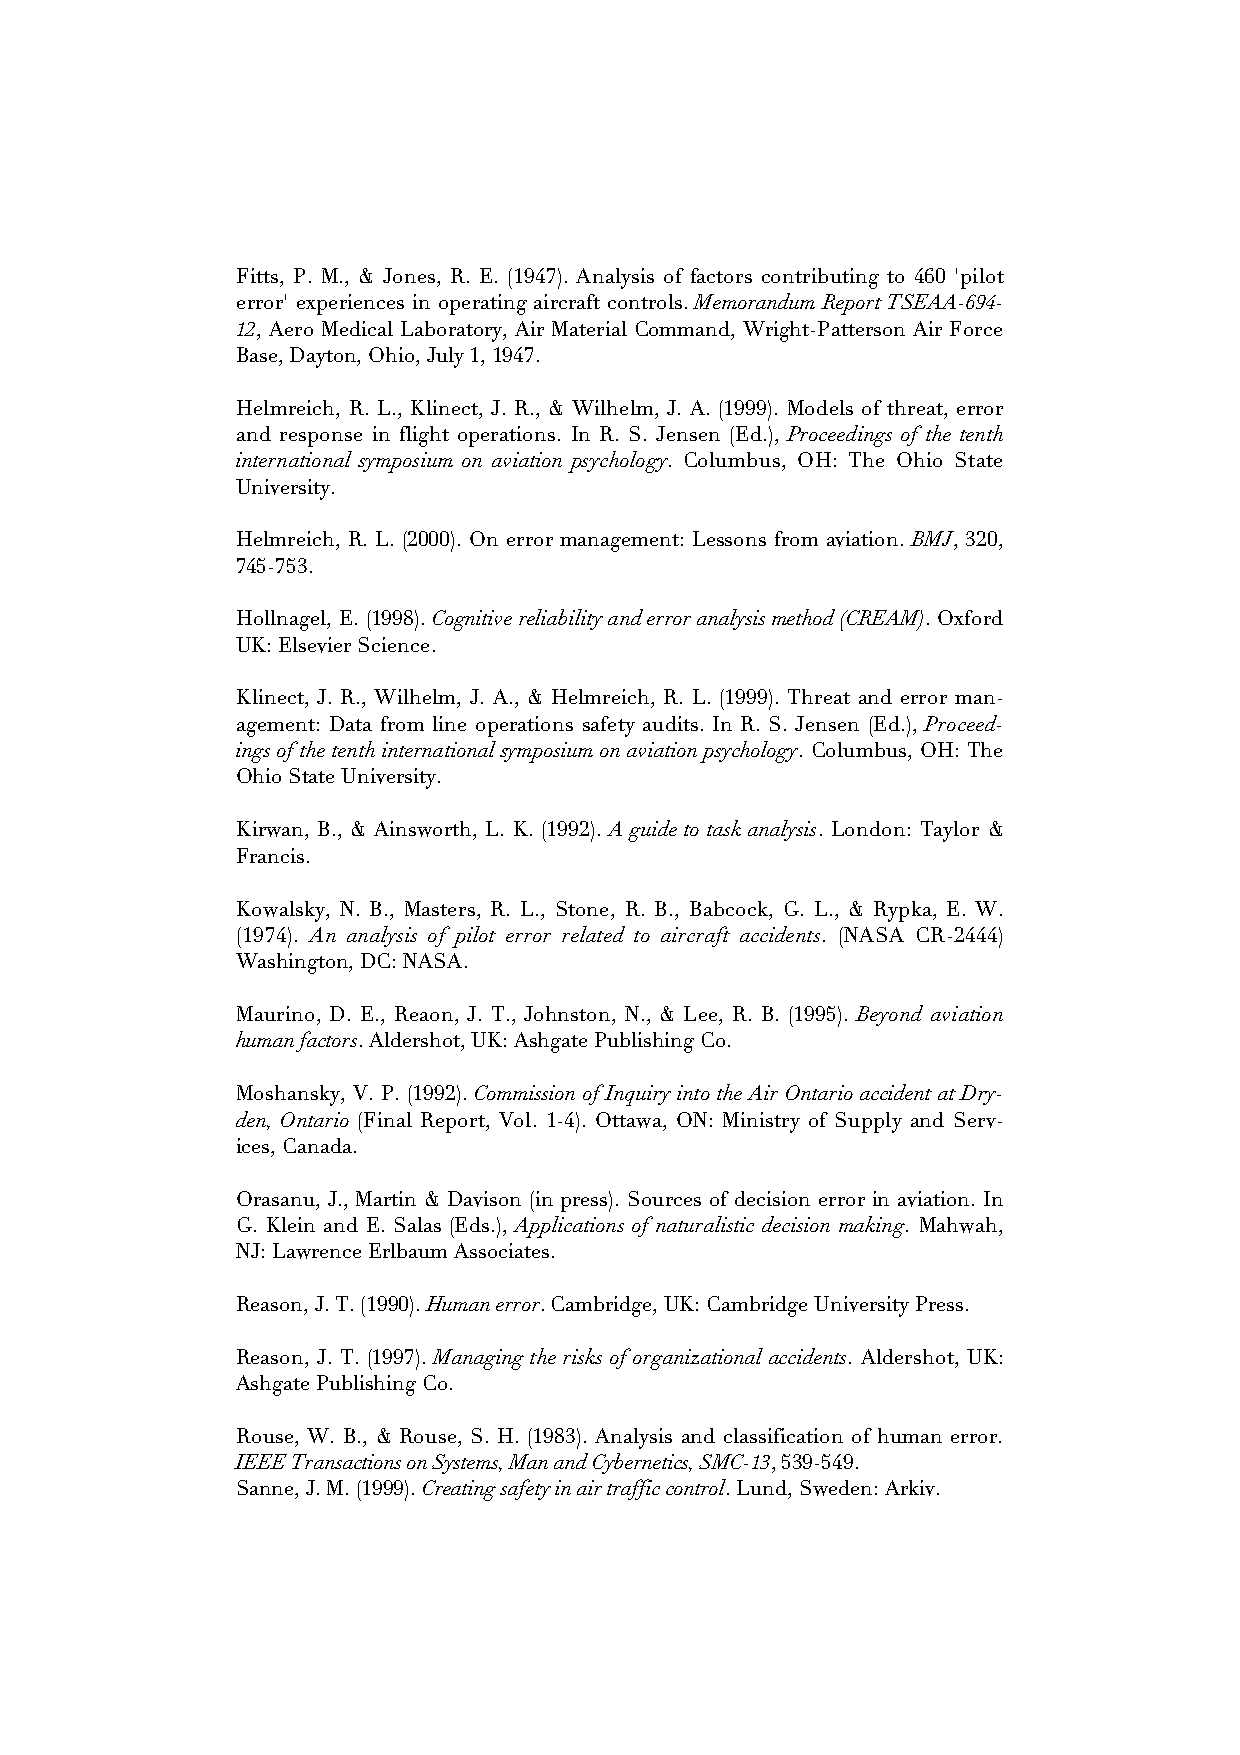
Fitts, P. M., & Jones, R. E. (1947). Analysis of factors contributing to 460 'pilot
 error' experiences in operating aircraft controls. Memorandum Report TSEAA-694-
 12, Aero Medical Laboratory, Air Material Command, Wright-Patterson Air Force
 Base, Dayton, Ohio, July 1, 1947.
 Helmreich, R. L., Klinect, J. R., & Wilhelm, J. A. (1999). Models of threat, error
 and response in flight operations. In R. S. Jensen (Ed.), Proceedings of the tenth
 international symposium on aviation psychology. Columbus, OH: The Ohio State
 University.
 Helmreich, R. L. (2000). On error management: Lessons from aviation. BMJ, 320,
 745-753.
 Hollnagel, E. (1998). Cognitive reliability and error analysis method (CREAM). Oxford
 UK: Elsevier Science.
 Klinect, J. R., Wilhelm, J. A., & Helmreich, R. L. (1999). Threat and error man-
 agement: Data from line operations safety audits. In R. S. Jensen (Ed.), Proceed-
 ings of the tenth international symposium on aviation psychology. Columbus, OH: The
 Ohio State University.
 Kirwan, B., & Ainsworth, L. K. (1992). A guide to task analysis. London: Taylor &
 Francis.
 Kowalsky, N. B., Masters, R. L., Stone, R. B., Babcock, G. L., & Rypka, E. W.
 (1974). An analysis of pilot error related to aircraft accidents. (NASA CR-2444)
 Washington, DC: NASA.
 Maurino, D. E., Reaon, J. T., Johnston, N., & Lee, R. B. (1995). Beyond aviation
 human factors. Aldershot, UK: Ashgate Publishing Co.
 Moshansky, V. P. (1992). Commission of Inquiry into the Air Ontario accident at Dry-
 den, Ontario (Final Report, Vol. 1-4). Ottawa, ON: Ministry of Supply and Serv-
 ices, Canada.
 Orasanu, J., Martin & Davison (in press). Sources of decision error in aviation. In
 G. Klein and E. Salas (Eds.), Applications of naturalistic decision making. Mahwah,
 NJ: Lawrence Erlbaum Associates.
 Reason, J. T. (1990). Human error. Cambridge, UK: Cambridge University Press.
 Reason, J. T. (1997). Managing the risks of organizational accidents. Aldershot, UK:
 Ashgate Publishing Co.
 Rouse, W. B., & Rouse, S. H. (1983). Analysis and classification of human error.
 IEEE Transactions on Systems, Man and Cybernetics, SMC-13, 539-549.
 Sanne, J. M. (1999). Creating safety in air traffic control. Lund, Sweden: Arkiv.